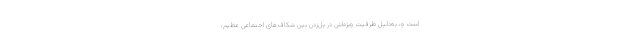
است و، به‌دلیل ظرفیت ویژه‌اش در پُل‌زدن بین شکاف‌های اجتماعیِ عظیم،